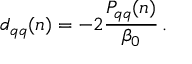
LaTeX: d _ { q q } ( n ) = - 2 { \frac { P _ { q q } ( n ) } { \beta _ { 0 } } } \, .